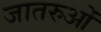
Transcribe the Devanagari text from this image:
जातरुओं